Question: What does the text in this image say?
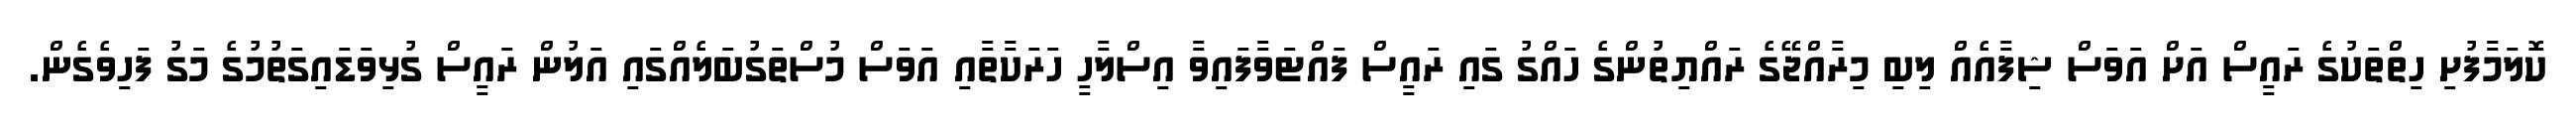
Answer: ކޮލަމާފުށި ހިތްތަކުގެ ރައީސް އަށް އަވަސް ޝިފާއެއް ލިބި މިރާއްޖޭގެ ރައްޔިތުންގެ ހައްގު ގައި ރައީސް ފައްޓަވާފައިވާ އިސްލާހީ ހަރަކާތާއި އަވަސް މުސްތަގުބަލެއްގައި އަލުން ރައީސް ގުޅިވަޑައިގަތުމުގެ މަގު ފަހިވެގެން.